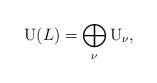
LaTeX: \begin{align*}{\rm U}(L) = \bigoplus_{\nu} {\rm U}_\mathbf{\nu},\end{align*}